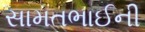
સામતભાઈની